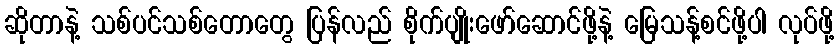
ဆိုတာနဲ့ သစ်ပင်သစ်တောတွေ ပြန်လည် စိုက်ပျိုးဖော်ဆောင်ဖို့နဲ့ မြေသန့်စင်ဖို့ပါ လုပ်ဖို့